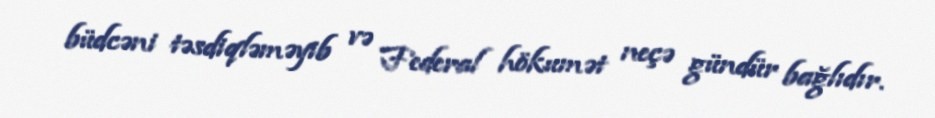
büdcəni təsdiqləməyib və Federal hökumət neçə gündür bağlıdır.